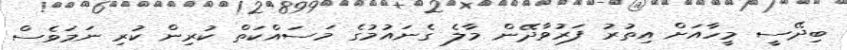
ބިދޭސީ މީހާއަށް އިތުރު ފަރުވާދޭން މާލެ ގެނައުމުގެ މަސައްކަތް ކުރިން ކުރި ނަމަވެސް